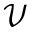
\mathcal { V }